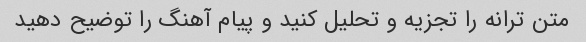
متن ترانه را تجزیه و تحلیل کنید و پیام آهنگ را توضیح دهید